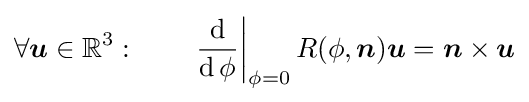
\forall {\boldsymbol {u}}\in \mathbb {R} ^{3}:\qquad \left.{\frac {\operatorname {d} }{\operatorname {d} \phi }}\right|_{\phi =0}R(\phi ,{\boldsymbol {n}}){\boldsymbol {u}}={\boldsymbol {n}}\times {\boldsymbol {u}}